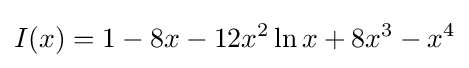
I(x)=1-8x-12x^{2}\ln x+8x^{3}-x^{4}